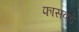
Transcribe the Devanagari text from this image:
फासवर्ड